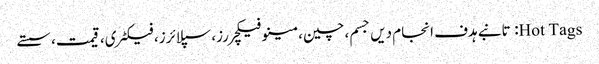
Hot Tags: تانبے ہدف انجام دیں جسم، چین، مینوفیکچررز، سپلائرز، فیکٹری، قیمت، سستے